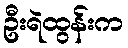
ဦးရဲထွန်းက